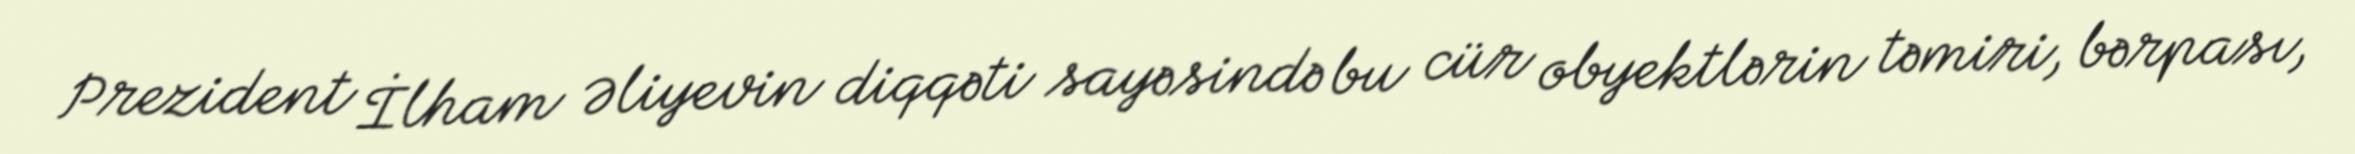
Prezident İlham Əliyevin diqqəti sayəsində bu cür obyektlərin təmiri, bərpası,